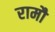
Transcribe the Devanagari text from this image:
रामौ